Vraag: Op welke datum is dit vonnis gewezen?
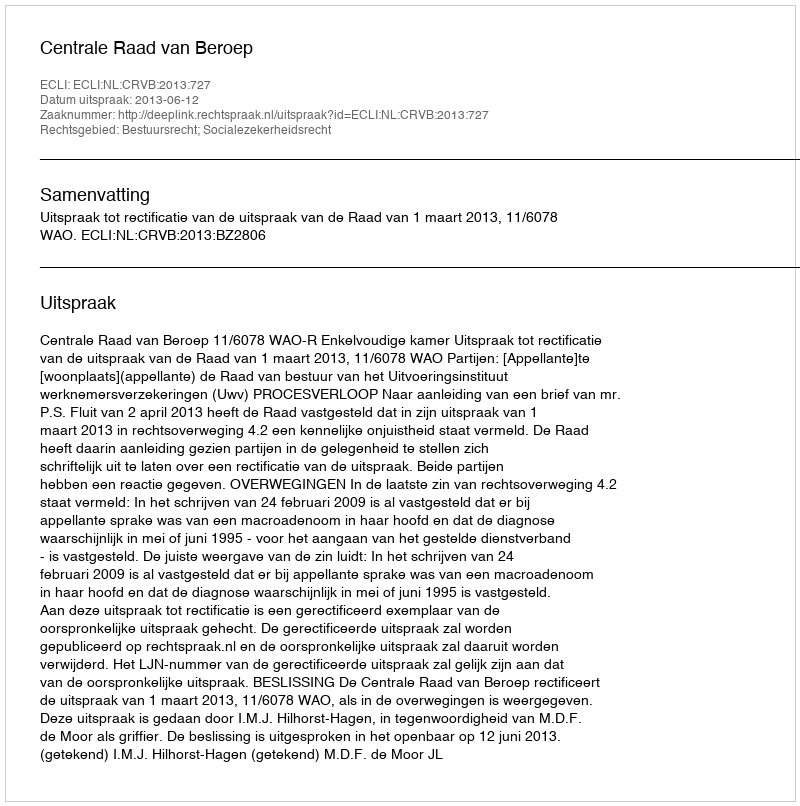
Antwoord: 2013-06-12